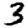
Digit: 3